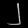
Digit: ၂